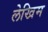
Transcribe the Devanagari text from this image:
लेखिम